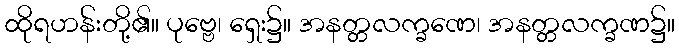
ထိုရဟန်းတို့၏။ ပုဗ္ဗေ၊ ရှေး၌။ အနတ္တလက္ခဏေ၊ အနတ္တလက္ခဏ၌။